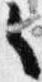
々